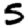
Digit: 5